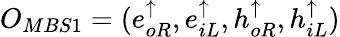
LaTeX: O_{MBS1}=(e_{oR}^{\uparrow},e_{iL}^{\uparrow},h_{oR}^{\uparrow},h_{iL}^{\uparrow})